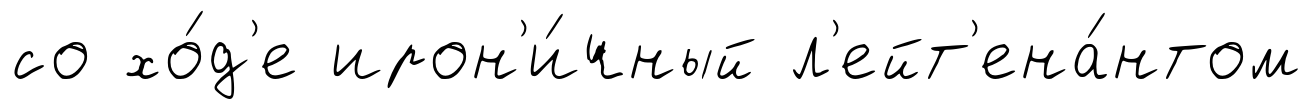
со хо́д'е ирон'и́чный л'ейт'ена́нтом